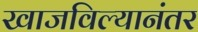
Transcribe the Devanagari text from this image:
खाजविल्यानंतर